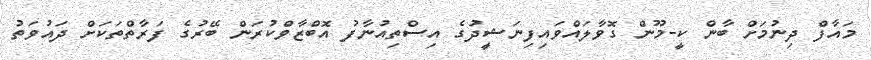
މައާފް ދިނުމަށް ބާން ކީ-މޫން ގޮވާލައްވައިފިނަޝީދުގެ އިސްތިއުނާފު އޮބްޒާވްކުރަން ބޭރުގެ ފަރާތްތަކަށް ދައުވަތު